Statistics compiled by the Government of India from the reports of provincial Civil Veterinary Departments
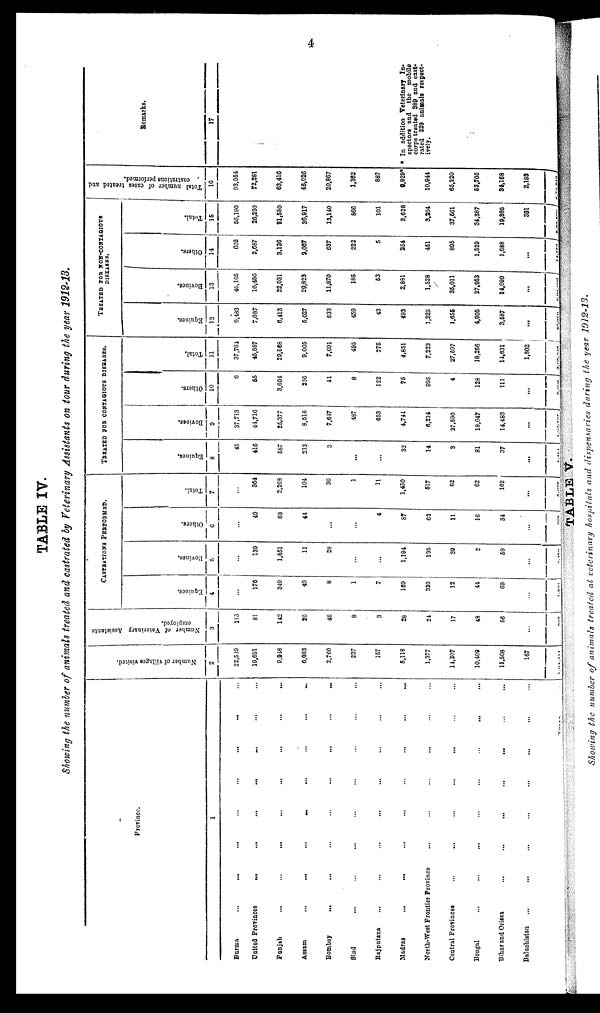
4
TABLE IV.
Showing the number of animals treated and castrated by Veterinary Assistants on tour during the year 1912-13.
Province.
1
Burma
...
...
...
...
...
...
...
United Provinces
...
...
...
... ... ... ...
Punjab
...
...
...
...
...
...
...
...
Assam
...
...
...
...
...
...
...
...
Bombay
...
...
...
...
...
...
...
...
Sind ... ... ... ... ... ... ...
Rajputana
...
...
...
...
Madras
...
...
...
...
...
...
...
...
North-West Frontier Province ... ... ... ... ... ...
Central Provinces
...
...
...
...
...
Bengal
...
...
...
...
...
...
...
Bihar and Orissa
...
...
...
...
...
Baluchistan ... ... ... ... ... ...
TOTAL ...
Number of villages visited.
2
22,549
19,691
9,948
6,083
2,760
237
157
5,118
1,377
14,207
10,409
11,508
167
1,04,211
Number of Veterinary Assistants
employed.
3
113
81
142
26
46
8
3
28
24
17
48
56
...
692
CASTRATIONS PERFORMED.
Equines.
4
...
176
349
49
8
1
7
169
320
12
44
69
...
1,204
Bovines.
5
...
139
1,851
11
28
...
...
1,194
135
39
2
59
...
3,458
Others.
6
...
49
68
44
...
...
4
87
62
11
16
34
...
975
Total.
7
...
364
2,268
104
36
1
11
1,450
517
62
62
162
...
5,037
TREATED FOR CONTAGIOUS DISEASES.
Equines.
8
45
416
587
233
3
...
...
32
14
3
81
37
...
1,451
Bovines.
9
37,713
44,716
25,377
8,516
7,647
487
653
4,744
6,214
27,590
18,047
14,483
...
1,94,187
Others.
10
6
55
3,604
256
41
8
122
75
995
4
128
111
...
5,905
Total.
11
37,764
45,687
29,568
9,005
7,691
495
775
4,851
7,223
27,597
18,256
14,631
1,802
2,05,345
TREATED FOR NON-CONTAGIOUS
DISEASES.
Equines.
12
9,483
7,087
6,413
5,027
533
459
43
493
1,225
1,656
4,905
3,587
...
40,910
Bovines.
13
46,105
16,456
22,031
29,823
11,970
185
53
2,881
1,528
35,011
27,953
14,090
...
2,08,080
Others.
14
602
2,687
3,136
2,067
637
222
5
254
451
895
1,529
1,688
...
14,173
Total.
15
56,190
26,230
31,580
36,917
13,140
866
101
3,628
3,204
37,561
34,387
19,365
391
2,53,560
Total number of cases treated and
castrations performed.
16
93,954
72,281
63,416
46,026
20,867
1,362
887
9,929*
10,944
65,220
52,705
34,158
2,193
4,79,949
Remarks.
17
* In addition Veterinary In¬
spectors and the mobile
corps treated 380 and cast-
rated 228 animals respect-
ively.